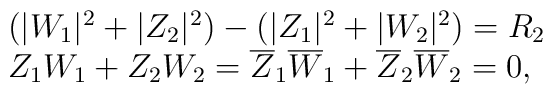
\begin{array}{lcr}(|W_1|^2+|Z_2|^2)- (|Z_1|^2+|W_2|^2)=R_2\\Z_1W_1+Z_2W_2=\overline{Z}_1\overline{W}_1+\overline{Z}_2\overline{W}_2=0,\end{array}